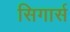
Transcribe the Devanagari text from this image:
सिगार्स